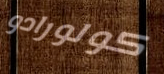
كولورادو